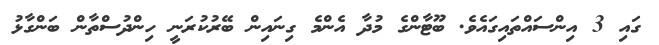
ގައި 3 އިންސައްތައިގައެވެ. ބޫޓާންގެ މުދާ އެންމެ ގިނައިން ބޭރުކުރަނީ ހިންދުސްތާން ބަންގާޅު